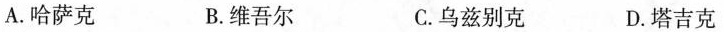
A. 哈萨克 B. 维吾尔 C. 乌兹别克 D. 塔吉克